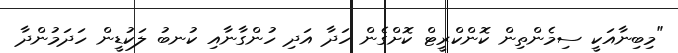
"މިބިނާއަކީ ސިމެންތިން ކޮންކްރީޓް ކޮށްގެން ހަދާ އަދި ހުންގާނާއި ކުނބު ލަކުޑީން ހަދަމުންދާ